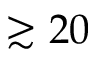
\gtrsim 2 0